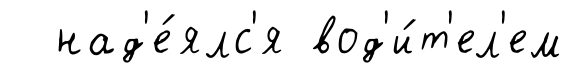
над'е́ялс'я вод'и́т'ел'ем